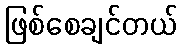
ဖြစ်စေချင်တယ်